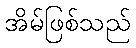
အိမ်ဖြစ်သည်